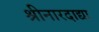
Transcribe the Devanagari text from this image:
श्रीनारदाद्या